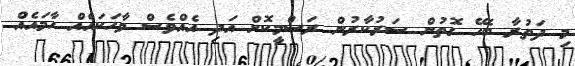
މި ދަތުރާ ބެހޭ ގޮތުން ސަރުކާރުން ރަސްމީކޮށް އަދި އެއްވެސް ވާހަކައެއް ހާމައެއް